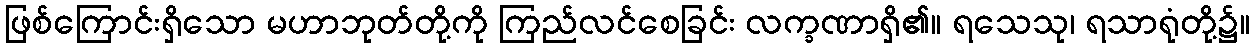
ဖြစ်ကြောင်းရှိသော မဟာဘုတ်တို့ကို ကြည်လင်စေခြင်း လက္ခဏာရှိ၏။ ရသေသု၊ ရသာရုံတို့၌။